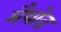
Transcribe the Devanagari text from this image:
मैथोड